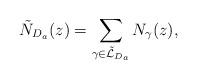
LaTeX: \begin{align*}\tilde N_{D_a}(z) = \sum_{\gamma\in \mathcal{\tilde L}_{D_a}} N_{\gamma}(z),\end{align*}